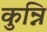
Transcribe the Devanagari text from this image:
कुन्नि